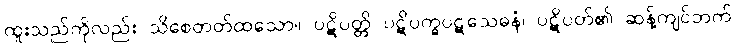
ထူးသည်ကိုလည်း သိစေတတ်ထသော။ ပဋိပတ္တိ ပဋိပက္ခပဋသေဓနံ၊ ပဋိပတ်၏ ဆန့်ကျင်ဘက်